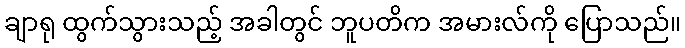
ချာရု ထွက်သွားသည့် အခါတွင် ဘူပတိက အမားလ်ကို ပြောသည်။